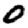
Digit: 0